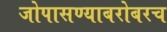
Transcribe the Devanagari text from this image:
जोपासण्याबरोबरच